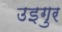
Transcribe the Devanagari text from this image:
उइगुर